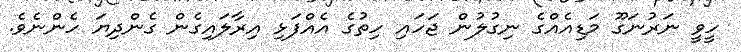
ހީވީ ނަރުނަގޫ މަޑިއެއްގެ ނިގުލުން ޖަހައި ހިތުގެ އެއްފަޅި އިރާލައިގެން ގެންދިޔަ ހެންނެވެ.